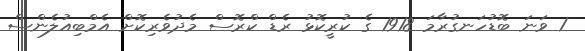
1 ވަނަ ބޮޑުހަނގުރާމަ 1918 ގެ ކުރީކޮޅު ރެޑް ކްރޮސް މެދުވެރިކޮށް އެމްބިއުލެންސް